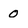
Character: 0